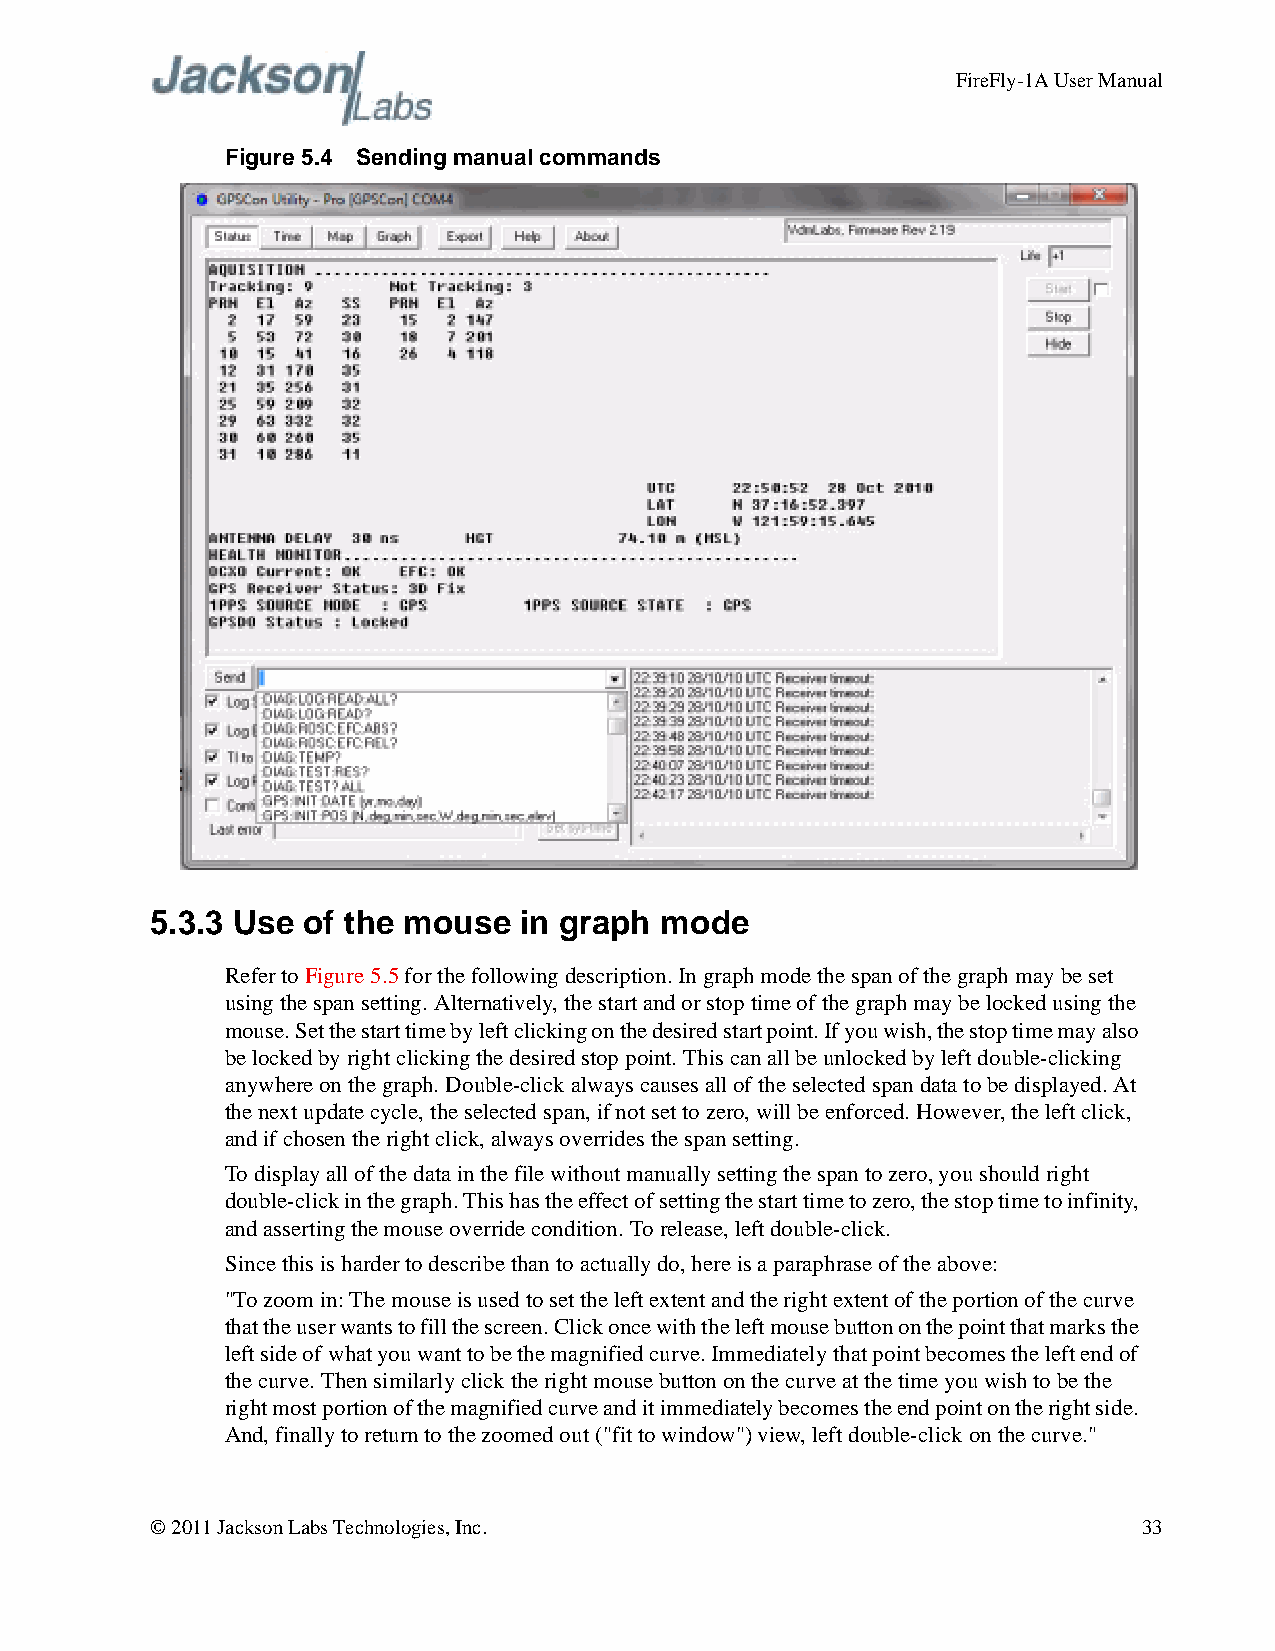
FireFly-1A User Manual
 Figure 5.4 Sending manual commands
 5.3.3 Use of the mouse  in graph  mode
 Refer to Figure5.5 for the following description. In graph mode the span of the graph may be set
 using the span setting. Alternatively, the start and or stop time of the graph may be locked using the
 mouse. Set the start time by left clicking on the desired start point. If you wish, the stop time may also
 be locked by right clicking the desired stop point. This can all be unlocked by left double-clicking
 anywhere on the graph. Double-click always causes all of the selected span data to be displayed. At
 the next update cycle, the selected span, if not set to zero, will be enforced. However, the left click,
 and if chosen the right click, always overrides the span setting.
 To display all of the data in the file without manually setting the span to zero, you should right
 double-click in the graph. This has the effect of setting the start time to zero, the stop time to infinity,
 and asserting the mouse override condition. To release, left double-click.
 Since this is harder to describe than to actually do, here is a paraphrase of the above:
 "To zoom in: The mouse is used to set the left extent and the right extent of the portion of the curve
 that the user wants to fill the screen. Click once with the left mouse button on the point that marks the
 left side of what you want to be the magnified curve. Immediately that point becomes the left end of
 the curve. Then similarly click the right mouse button on the curve at the time you wish to be the
 right most portion of the magnified curve and it immediately becomes the end point on the right side.
 And, finally to return to the zoomed out ("fit to window") view, left double-click on the curve."
 © 2011 Jackson Labs Technologies, Inc.                            33